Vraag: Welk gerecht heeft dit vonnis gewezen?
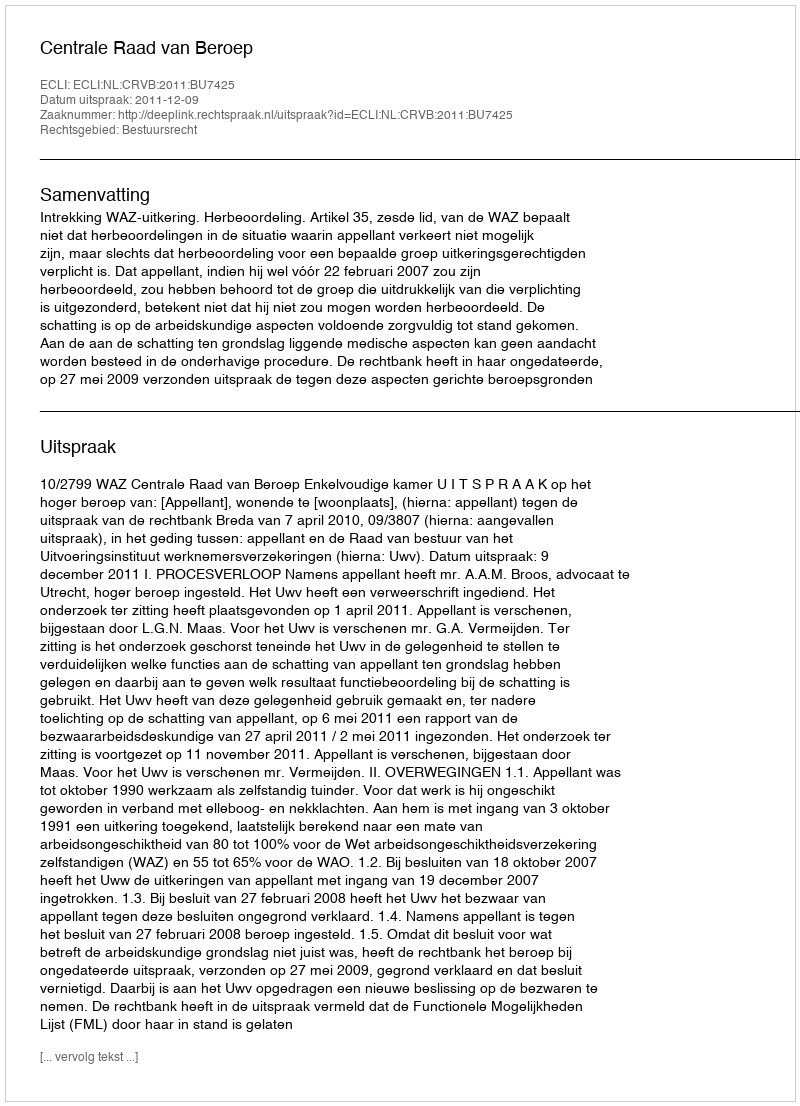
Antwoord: Centrale Raad van Beroep